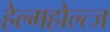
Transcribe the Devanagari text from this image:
हेल्महोल्त्ज